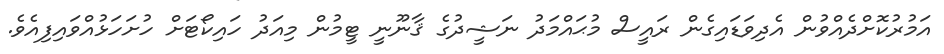
އަމުރުކޮށްދެއްވުން އެދިވަޑައިގެން ރައީސް މުޙައްމަދު ނަޝީދުގެ ޤާނޫނީ ޓީމުން މިއަދު ހައިކޯޓަށް ހުށަހަޅުއްވައިފިއެވެ.